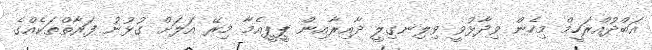
އަބްދުއްރަހީމް މިހެން ވިދާޅުވީ ވިލިނގިލީ ދާއިރާއިން ޕީޕީއެމާ މިރޭ އަލަށް ގުޅުނު ފަރާތްތަކެއްގެ